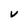
Character: V